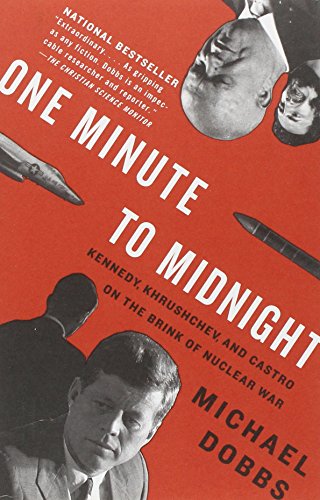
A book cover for One Minute to Midnight: Kennedy, Khrushchev, and Castro on the Brink of Nuclear War; Michael Dobbs; History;